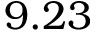
9 . 2 3